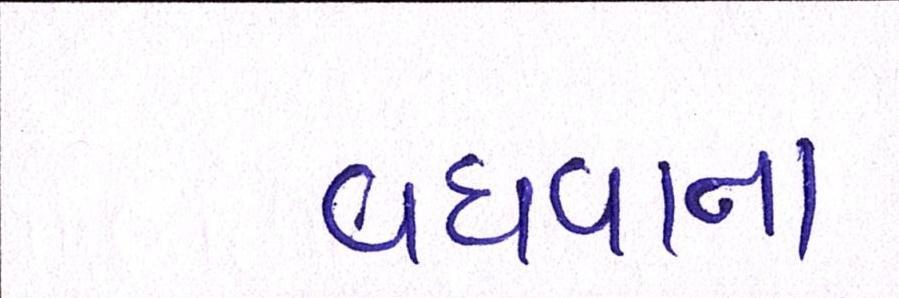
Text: વધવાના